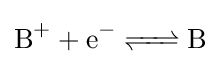
{\ce {B+ + e^- <=> B}}